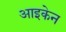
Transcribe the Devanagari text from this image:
आइकेन